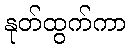
နုတ်ထွက်ကာ